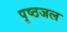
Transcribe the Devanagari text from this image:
पृष्ठजल